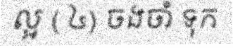
ល្អ ( ៤) ចងចាំ ទុក